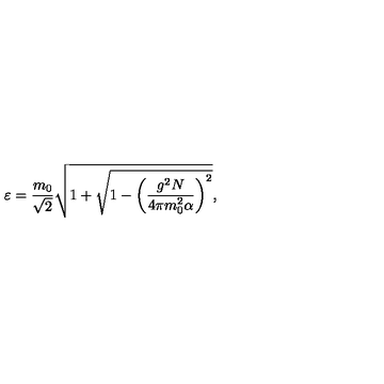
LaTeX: \varepsilon = \frac { m _ { 0 } } { \sqrt { 2 } } \sqrt { 1 + \sqrt { 1 - \left( \frac { g ^ { 2 } N } { 4 \pi m _ { 0 } ^ { 2 } \alpha } \right) ^ { 2 } } } ,